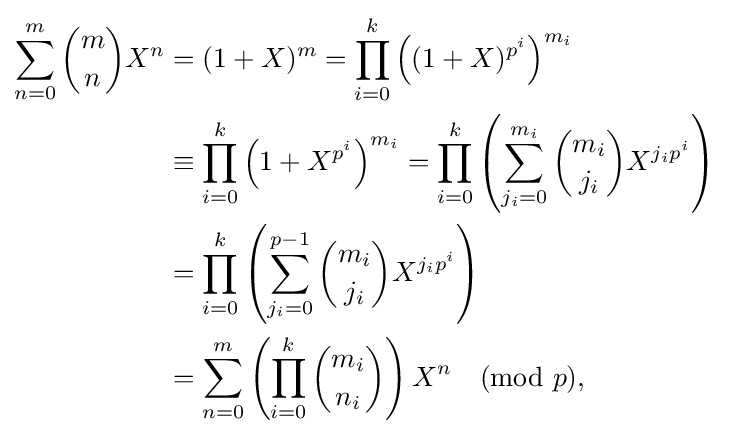
{\begin{aligned}\sum _{n=0}^{m}{\binom {m}{n}}X^{n}&=(1+X)^{m}=\prod _{i=0}^{k}\left((1+X)^{p^{i}}\right)^{m_{i}}\\&\equiv \prod _{i=0}^{k}\left(1+X^{p^{i}}\right)^{m_{i}}=\prod _{i=0}^{k}\left(\sum _{j_{i}=0}^{m_{i}}{\binom {m_{i}}{j_{i}}}X^{j_{i}p^{i}}\right)\\&=\prod _{i=0}^{k}\left(\sum _{j_{i}=0}^{p-1}{\binom {m_{i}}{j_{i}}}X^{j_{i}p^{i}}\right)\\&=\sum _{n=0}^{m}\left(\prod _{i=0}^{k}{\binom {m_{i}}{n_{i}}}\right)X^{n}{\pmod {p}},\end{aligned}}